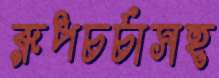
রূপচর্চাসহ